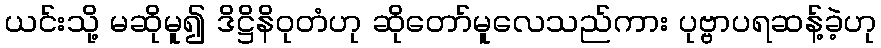
ယင်းသို့ မဆိုမူ၍ ဒိဋ္ဌိနိဝုတံဟု ဆိုတော်မူလေသည်ကား ပုဗ္ဗာပရဆန့်ခဲ့ဟု